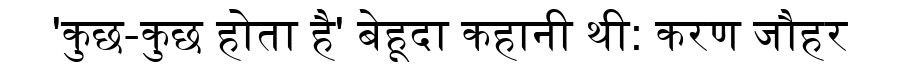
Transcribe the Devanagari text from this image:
'कुछ-कुछ होता है' बेहूदा कहानी थी: करण जौहर